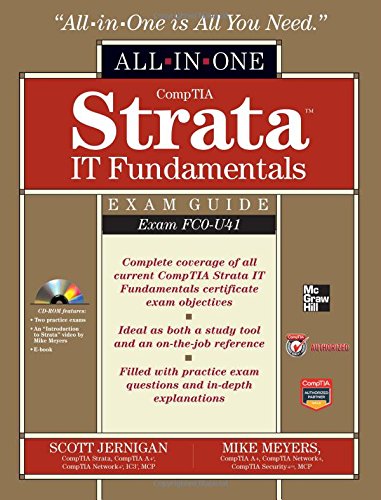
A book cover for CompTIA Strata IT Fundamentals All-in-One Exam Guide (Exam FC0-U41); Scott Jernigan; Computers & Technology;